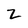
Character: 2